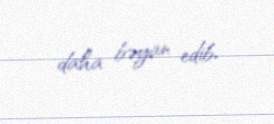
daha bəyan edib.